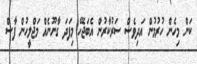
ކަން މިހެން ހުރުމުން އަދިވެސް ސަރުކާރުން އެބަޖެހޭ މިފަދަ ގާނޫނެއް މަޖްލީހުން ފާސް